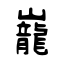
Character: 巃